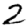
Digit: 2